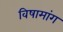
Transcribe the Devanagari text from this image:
विषामांग